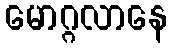
မောဂ္ဂလာနေ